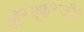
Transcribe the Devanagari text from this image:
जे॰एफ॰जी॰